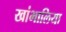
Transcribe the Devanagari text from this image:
खांभालिया